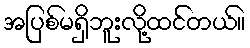
အပြစ်မရှိဘူးလို့ထင်တယ်။